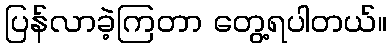
ပြန်လာခဲ့ကြတာ တွေ့ရပါတယ်။